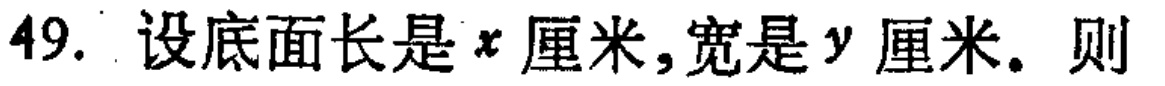
49. 设底面长是\(x\)厘米,宽是\(y\)厘米. 则